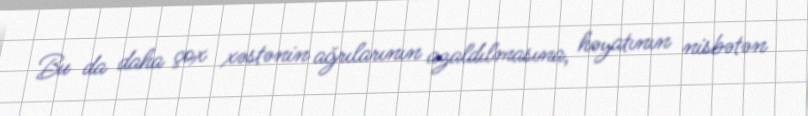
Bu da daha çox xəstənin ağrılarının azaldılmasına, həyatının nisbətən